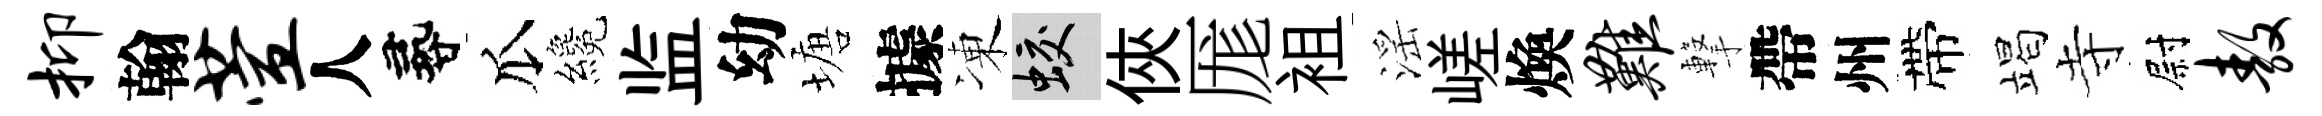
抑翰萱人尋瓜纔监幼塘據凍蛟俠厖袓滛嵯煥难撃帶州帶竭寺尉敖